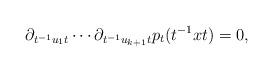
LaTeX: \begin{align*}\partial_{t^{-1}u_1t}\cdots\partial_{t^{-1}u_{k+1}t}p_t(t^{-1}xt)=0,\end{align*}